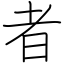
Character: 者